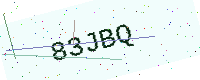
Text: 83JBQ